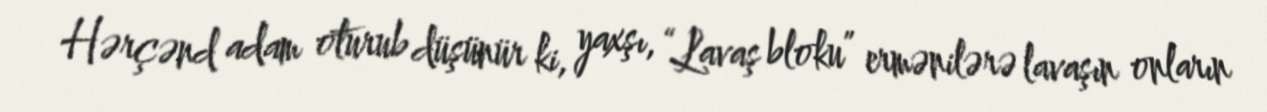
Hərçənd adam oturub düşünür ki, yaxşı, “Lavaş bloku” ermənilərə lavaşın onların